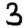
Digit: 3